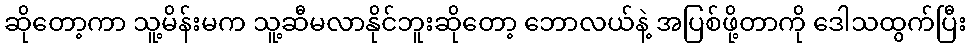
ဆိုတော့ကာ သူ့မိန်းမက သူ့ဆီမလာနိုင်ဘူးဆိုတော့ ဘောလယ်နဲ့ အပြစ်ဖို့တာကို ဒေါသထွက်ပြီး